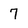
Character: 7